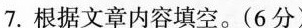
7. 根据文章内容填空。(6 分）